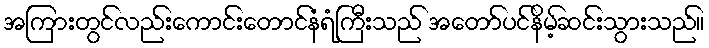
အကြားတွင်လည်းကောင်းတောင်နံရံကြီးသည် အတော်ပင်နိမ့်ဆင်းသွားသည်။